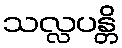
သလ္လပန္တိ